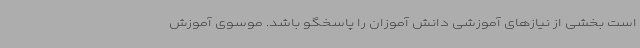
است بخشی از نیازهای آموزشی دانش آموزان را پاسخگو باشد. موسوی آموزش